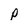
Character: p